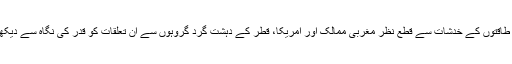
علاقائی طاقتوں کے خدشات سے قطع نظر مغربی ممالک اور امریکا، قطر کے دہشت گرد گروہوں سے ان تعلقات کو قدر کی نگاہ سے دیکھتے ہیں۔